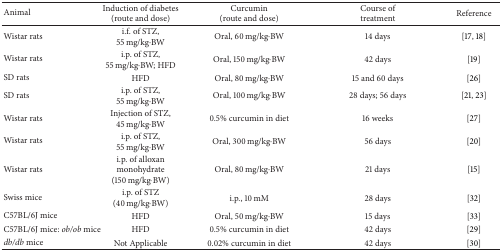
| Animal | Induction of diabetes (route and dose) | Curcumin(route and dose) | Course of treatment | Reference |
 | --- | --- | --- | --- | --- |
 | Wistar rats | i.f. of STZ, 55 mg/kg·BW | Oral, 60 mg/kg·BW | 14 days | [17, 18] |
 | Wistar rats | i.p. of STZ, 55 mg/kg·BW; HFD | Oral, 150 mg/kg·BW | 42 days | [19] |
 | SD rats | HFD | Oral, 80 mg/kg·BW | 15 and 60 days | [26] |
 | SD rats | i.p. of STZ, 55 mg/kg·BW | Oral, 100 mg/kg·BW | 28 days; 56 days | [21, 23] |
 | Wistar rats | Injection of STZ, 45 mg/kg·BW | 0.5% curcumin in diet | 16 weeks | [27] |
 | Wistar rats | i.p. of STZ, 55 mg/kg·BW | Oral, 300 mg/kg·BW | 56 days | [20] |
 | Wistar rats | i.p. of alloxan monohydrate(150 mg/kg·BW) | Oral, 80 mg/kg·BW | 21 days | [15] |
 | Swiss mice | i.p. of STZ(40 mg/kg·BW) | i.p., 10 mM | 28 days | [32] |
 | C57BL/6J mice | HFD | Oral, 50 mg/kg·BW | 15 days | [33] |
 | C57BL/6J mice: ob/ob mice | HFD | 0.5% curcumin in diet | 42 days | [29] |
 | db/db mice | Not Applicable | 0.02% curcumin in diet | 42 days | [30] |